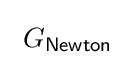
\ G_{\mathsf {Newton}}~